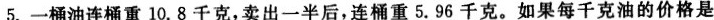
5.一桶油连桶重10.8千克，卖出一半后，连桶重5.96千克。如果每千克油的价格是